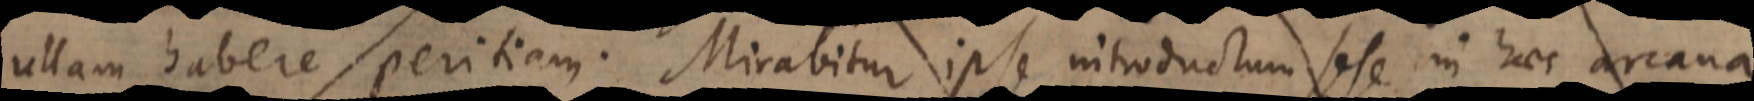
ullam habere peritiam. Mirabitur ipse introductum sese in haec arcan